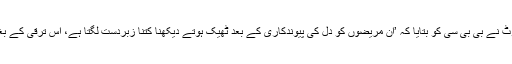
فاؤنڈیشن میں کام کرنے والی ایک سینیئر نرس مورین ٹالبوٹ نے بی بی سی کو بتایا کہ ’ان مریضوں کو دل کی پیوندکاری کے بعد ٹھیک ہوتے دیکھنا کتنا زبردست لگتا ہے، اس ترقی کے بغیر وہ اب تک کسی دل کے ڈونر کا انتظار کر رہے ہوتے۔